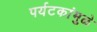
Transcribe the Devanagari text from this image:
पर्यटकांमुळे